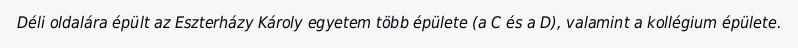
Déli oldalára épült az Eszterházy Károly egyetem több épülete (a C és a D), valamint a kollégium épülete.